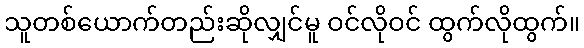
သူတစ်ယောက်တည်းဆိုလျှင်မူ ဝင်လိုဝင် ထွက်လိုထွက်။